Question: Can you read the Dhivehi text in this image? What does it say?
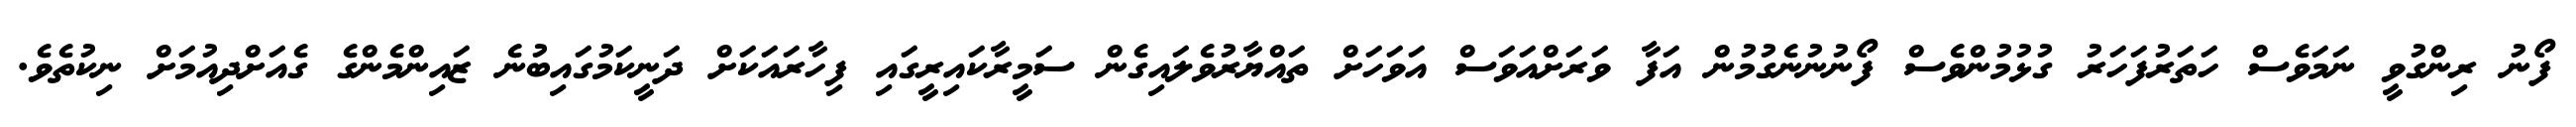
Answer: ފޯނު ރިންގުވީ ނަމަވެސް ހަތަރުފަހަރު ގުޅުމުންވެސް ފޯނުނުނެގުމުން އަފާ ވަރަށްއަވަސް އަވަހަށް ތައްޔާރުވެލައިގެން ސަމީރާކައިރީގައި ފިހާރައަކަށް ދަނީކަމުގައިބުނެ ޒައިންމެންގެ ގެއަށްދިއުމަށް ނިކުތެވެ.